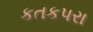
કતકપરા